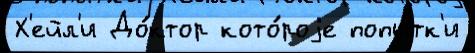
Х'ейл'и До́ктор кото́роjе попы́тк'и